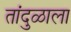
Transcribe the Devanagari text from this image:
तांदुळाला